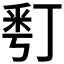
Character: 𠄚